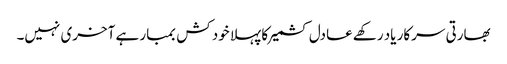
بھارتی سرکار یاد رکھے عادل کشمیر کا پہلا خود کش بمبار ہے آخری نہیں۔